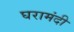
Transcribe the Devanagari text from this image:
घरामंदी